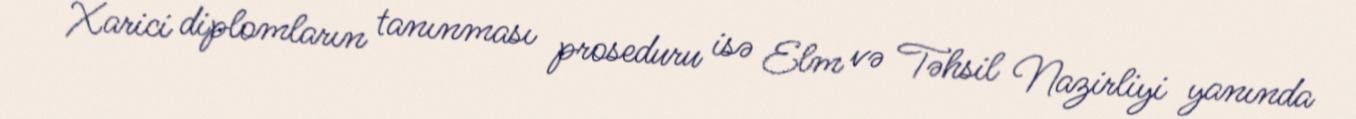
Xarici diplomların tanınması proseduru isə Elm və Təhsil Nazirliyi yanında